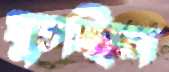
ঘুচচ্ছিল